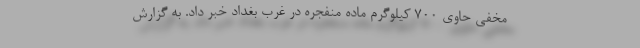
مخفی حاوی ۷۰۰ کیلوگرم ماده منفجره در غرب بغداد خبر داد. به گزارش